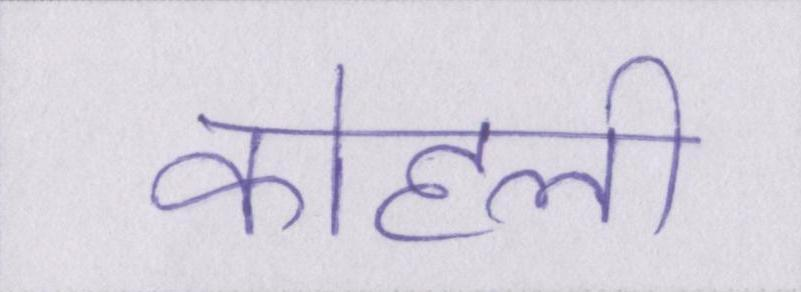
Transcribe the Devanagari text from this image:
कोहली